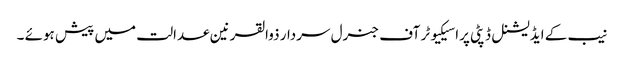
نیب کے ایڈیشنل ڈپٹی پراسیکیوٹر آف جنرل سردار ذوالقرنین عدالت میں پیش ہوئے ۔